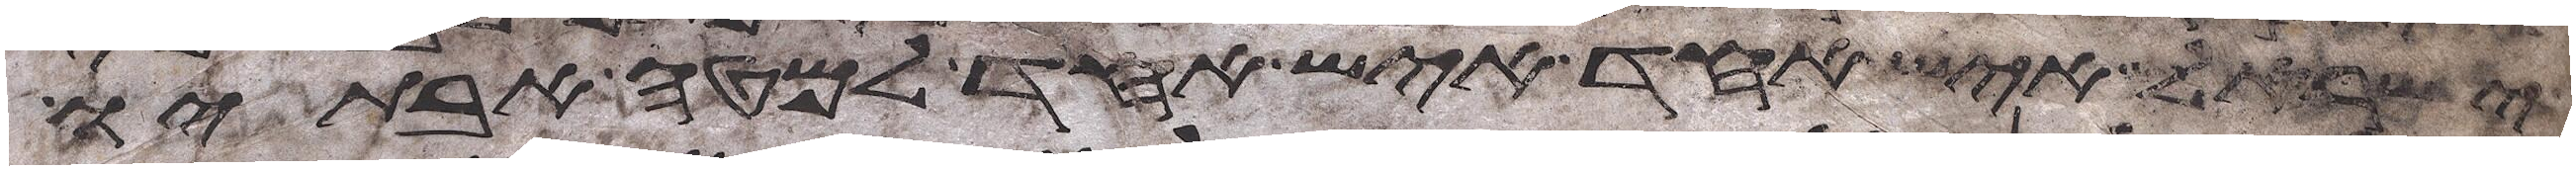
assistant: ישראל איש אחד איש אחד למטה אבתיו